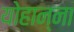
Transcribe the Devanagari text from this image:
योहान्ना